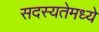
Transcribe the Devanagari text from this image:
सदस्यतेमध्ये